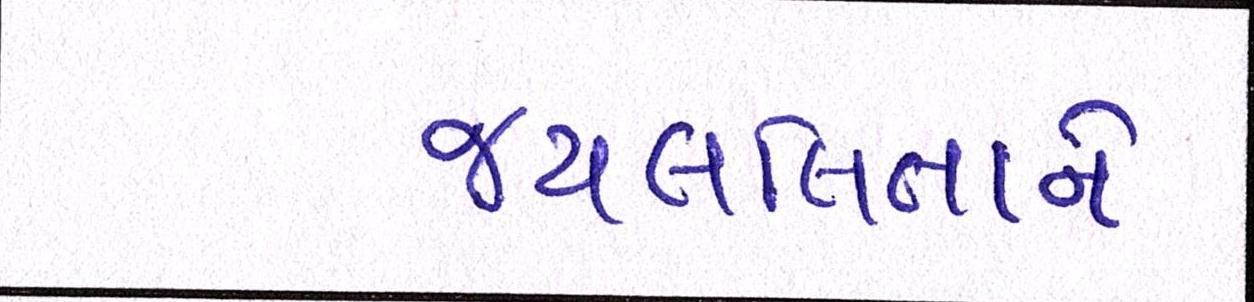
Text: જયલલિતાને